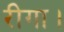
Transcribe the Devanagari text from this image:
रीगा।